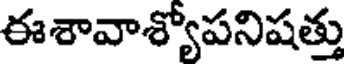
ఈశావాశ్యోపనిషత్తు